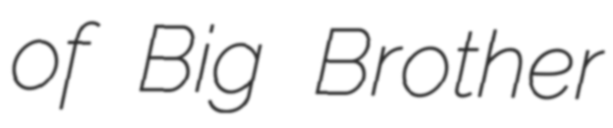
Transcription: of Big Brother